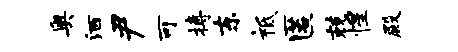
奥洒尹可搏东祗匿兢惺殿